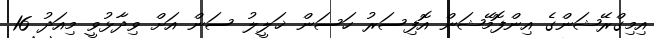
އިމިގްރޭޝަންގެ އިންފޮމޭޝަން އޮފިސަރު ހަސަން ޚަލީލު ސަން އަށް ވިދާޅުވީ މިއަދު 16